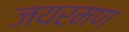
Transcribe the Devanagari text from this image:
जयरमण